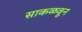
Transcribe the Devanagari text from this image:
साकळवून